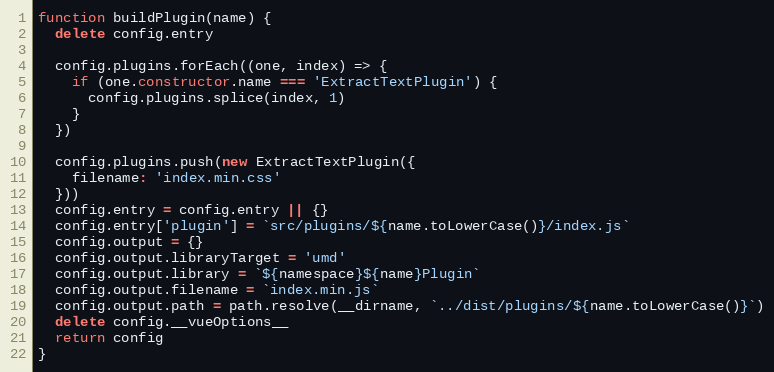
Language: JavaScript
function buildPlugin(name) {
  delete config.entry

  config.plugins.forEach((one, index) => {
    if (one.constructor.name === 'ExtractTextPlugin') {
      config.plugins.splice(index, 1)
    }
  })

  config.plugins.push(new ExtractTextPlugin({
    filename: 'index.min.css'
  }))
  config.entry = config.entry || {}
  config.entry['plugin'] = `src/plugins/${name.toLowerCase()}/index.js`
  config.output = {}
  config.output.libraryTarget = 'umd'
  config.output.library = `${namespace}${name}Plugin`
  config.output.filename = `index.min.js`
  config.output.path = path.resolve(__dirname, `../dist/plugins/${name.toLowerCase()}`)
  delete config.__vueOptions__
  return config
}